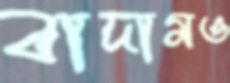
বাদামও